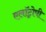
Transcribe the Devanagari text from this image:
एलॉट्रोपी